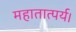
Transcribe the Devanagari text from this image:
महातात्पर्य।